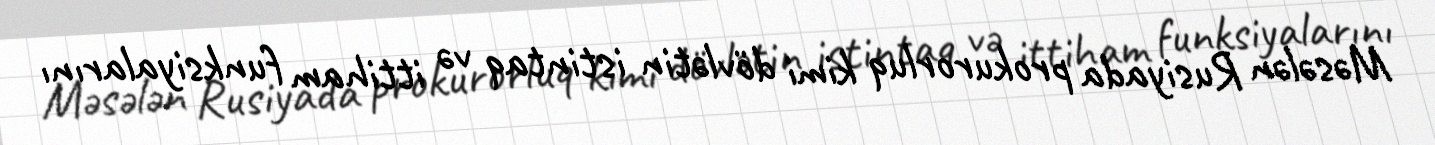
Məsələn Rusiyada prokurorluq kimi dövlətin istintaq və ittiham funksiyalarını